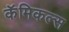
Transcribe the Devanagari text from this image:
कॅमिकल्स